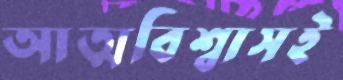
আত্মবিশ্বাসই